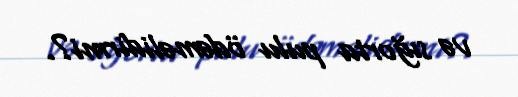
və sığorta pulu ödəməlidirmi?.